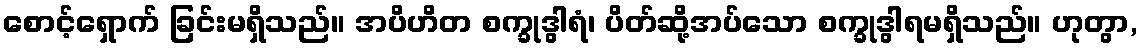
စောင့်ရှောက် ခြင်းမရှိသည်။ အပိဟိတ စက္ခုဒွါရံ၊ ပိတ်ဆို့အပ်သော စက္ခုဒွါရမရှိသည်။ ဟုတွာ,